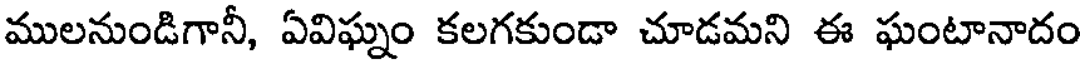
ములనుండిగానీ, ఏవిఘ్నం కలగకుండా చూడమని ఈ ఘంటానాదం